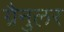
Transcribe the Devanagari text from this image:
ग्रैनुलर